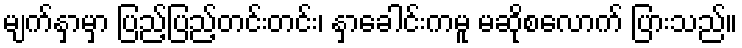
မျက်နှာမှာ ပြည့်ပြည့်တင်းတင်း၊ နှာခေါင်းကမူ မဆိုစလောက် ပြားသည်။